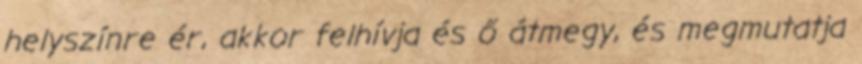
helyszínre ér, akkor felhívja és ő átmegy, és megmutatja